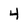
Character: 4